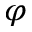
\varphi